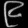
Digit: ၉